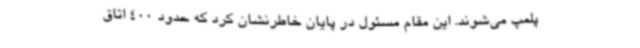
پلمپ می‌شوند. این مقام مسئول در پایان خاطرنشان کرد که حدود 400 اتاق